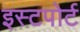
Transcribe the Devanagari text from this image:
इस्टपोर्ट